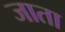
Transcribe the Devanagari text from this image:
जाता